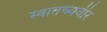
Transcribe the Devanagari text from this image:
स्वातन्त्र्यवीर